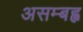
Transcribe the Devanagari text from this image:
असम्बह्व